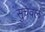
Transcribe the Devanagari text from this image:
सुचवलं